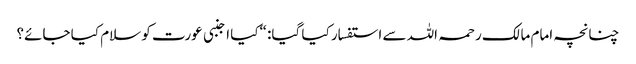
چنانچہ امام مالک رحمہ اللہ سے استفسار کیا گیا: “کیا اجنبی عورت کو سلام کیا جائے؟